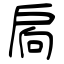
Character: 扄